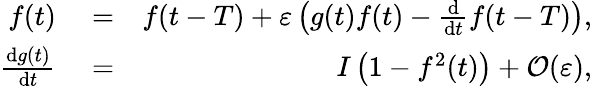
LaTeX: \begin{array}{rlr}{f(t)}&{{}=}&{f(t-T)+\varepsilon\left(g(t)f(t)-\frac{\mathrm{d}}{\mathrm{d}t}f(t-T)\right),}\\ {\frac{\mathrm{d}g(t)}{\mathrm{d}t}}&{{}=}&{I\left(1-f^{2}(t)\right)+\mathcal{O}(\varepsilon),}\end{array}